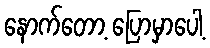
နောက်တော့ ပြောမှာပေါ့